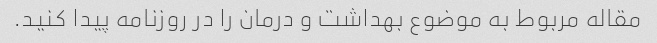
مقاله مربوط به موضوع بهداشت و درمان را در روزنامه پیدا کنید.